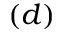
( d )